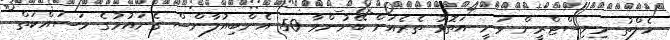
ހެލްތު މިނިސްޓްރީން ވަނީ އަތޮޅު ތެރެއަށް ބޭނުންވާ 50 އެންބިއުލާންސް ގެނައުމުގެ މަސައްކަތް